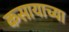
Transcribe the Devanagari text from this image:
कसायाच्या